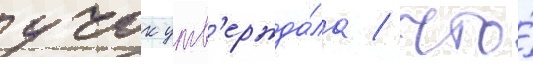
учок утв'ержда́ла / что́